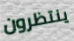
ينتظرون